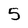
Character: 5